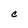
Character: C